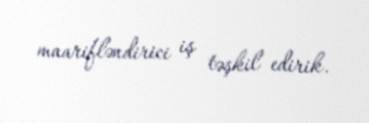
maarifləndirici iş təşkil edirik.